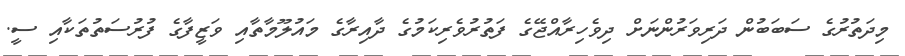
މިދަތުރުގެ ސަބަބުން ދަރިވަރުންނަށް ދިވެހިރާއްޖޭގެ ފަތުރުވެރިކަމުގެ ދާއިރާގެ މައުލޫމާތާއި ވަޒީފާގެ ފުރުސަތުތަކާއި ސީ.